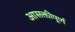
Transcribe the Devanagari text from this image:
आसक्तीपूर्ण